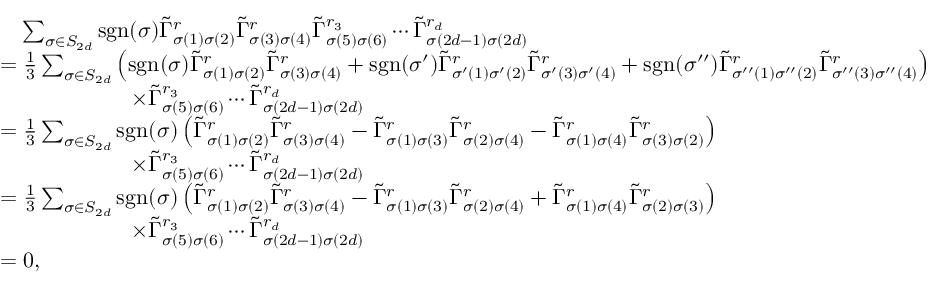
\begin{array} { r l } & { \quad \sum _ { \sigma \in S _ { 2 d } } \mathrm { s g n } ( \sigma ) \tilde { \Gamma } _ { \sigma ( 1 ) \sigma ( 2 ) } ^ { r } \tilde { \Gamma } _ { \sigma ( 3 ) \sigma ( 4 ) } ^ { r } \tilde { \Gamma } _ { \sigma ( 5 ) \sigma ( 6 ) } ^ { r _ { 3 } } \cdots \tilde { \Gamma } _ { \sigma ( 2 d - 1 ) \sigma ( 2 d ) } ^ { r _ { d } } } \\ & { = \frac { 1 } { 3 } \sum _ { \sigma \in S _ { 2 d } } \left( \mathrm { s g n } ( \sigma ) \tilde { \Gamma } _ { \sigma ( 1 ) \sigma ( 2 ) } ^ { r } \tilde { \Gamma } _ { \sigma ( 3 ) \sigma ( 4 ) } ^ { r } + \mathrm { s g n } ( \sigma ^ { \prime } ) \tilde { \Gamma } _ { \sigma ^ { \prime } ( 1 ) \sigma ^ { \prime } ( 2 ) } ^ { r } \tilde { \Gamma } _ { \sigma ^ { \prime } ( 3 ) \sigma ^ { \prime } ( 4 ) } ^ { r } + \mathrm { s g n } ( \sigma ^ { \prime \prime } ) \tilde { \Gamma } _ { \sigma ^ { \prime \prime } ( 1 ) \sigma ^ { \prime \prime } ( 2 ) } ^ { r } \tilde { \Gamma } _ { \sigma ^ { \prime \prime } ( 3 ) \sigma ^ { \prime \prime } ( 4 ) } ^ { r } \right) } \\ & { \qquad \qquad \qquad \times \tilde { \Gamma } _ { \sigma ( 5 ) \sigma ( 6 ) } ^ { r _ { 3 } } \cdots \tilde { \Gamma } _ { \sigma ( 2 d - 1 ) \sigma ( 2 d ) } ^ { r _ { d } } } \\ & { = \frac { 1 } { 3 } \sum _ { \sigma \in S _ { 2 d } } \mathrm { s g n } ( \sigma ) \left( \tilde { \Gamma } _ { \sigma ( 1 ) \sigma ( 2 ) } ^ { r } \tilde { \Gamma } _ { \sigma ( 3 ) \sigma ( 4 ) } ^ { r } - \tilde { \Gamma } _ { \sigma ( 1 ) \sigma ( 3 ) } ^ { r } \tilde { \Gamma } _ { \sigma ( 2 ) \sigma ( 4 ) } ^ { r } - \tilde { \Gamma } _ { \sigma ( 1 ) \sigma ( 4 ) } ^ { r } \tilde { \Gamma } _ { \sigma ( 3 ) \sigma ( 2 ) } ^ { r } \right) } \\ & { \qquad \qquad \qquad \times \tilde { \Gamma } _ { \sigma ( 5 ) \sigma ( 6 ) } ^ { r _ { 3 } } \cdots \tilde { \Gamma } _ { \sigma ( 2 d - 1 ) \sigma ( 2 d ) } ^ { r _ { d } } } \\ & { = \frac { 1 } { 3 } \sum _ { \sigma \in S _ { 2 d } } \mathrm { s g n } ( \sigma ) \left( \tilde { \Gamma } _ { \sigma ( 1 ) \sigma ( 2 ) } ^ { r } \tilde { \Gamma } _ { \sigma ( 3 ) \sigma ( 4 ) } ^ { r } - \tilde { \Gamma } _ { \sigma ( 1 ) \sigma ( 3 ) } ^ { r } \tilde { \Gamma } _ { \sigma ( 2 ) \sigma ( 4 ) } ^ { r } + \tilde { \Gamma } _ { \sigma ( 1 ) \sigma ( 4 ) } ^ { r } \tilde { \Gamma } _ { \sigma ( 2 ) \sigma ( 3 ) } ^ { r } \right) } \\ & { \qquad \qquad \qquad \times \tilde { \Gamma } _ { \sigma ( 5 ) \sigma ( 6 ) } ^ { r _ { 3 } } \cdots \tilde { \Gamma } _ { \sigma ( 2 d - 1 ) \sigma ( 2 d ) } ^ { r _ { d } } } \\ & { = 0 , } \end{array}